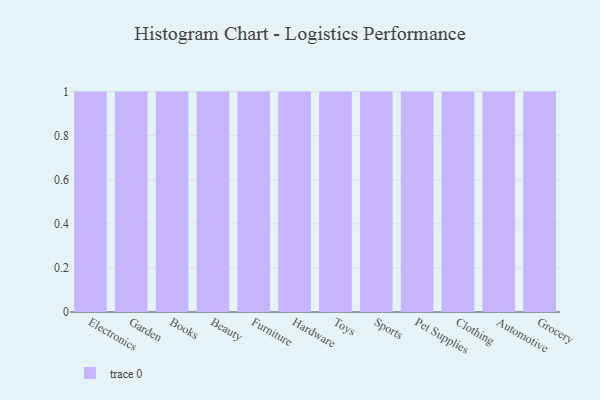
{"axis": {"x": "Category", "y": "Production Output"}, "legend": [""], "data": [{"x": "Electronics", "y": 80, "type": ""}, {"x": "Garden", "y": 2, "type": ""}, {"x": "Books", "y": 34, "type": ""}, {"x": "Beauty", "y": 66, "type": ""}, {"x": "Furniture", "y": 41, "type": ""}, {"x": "Hardware", "y": 15, "type": ""}, {"x": "Toys", "y": 26, "type": ""}, {"x": "Sports", "y": 59, "type": ""}, {"x": "Pet Supplies", "y": 17, "type": ""}, {"x": "Clothing", "y": 20, "type": ""}, {"x": "Automotive", "y": 41, "type": ""}, {"x": "Grocery", "y": 46, "type": ""}]}